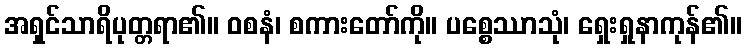
အရှင်သာရိပုတ္တရာ၏။ ဝစနံ၊ စကားတော်ကို။ ပစ္စေဿာသုံ၊ ရှေးရှုနာကုန်၏။